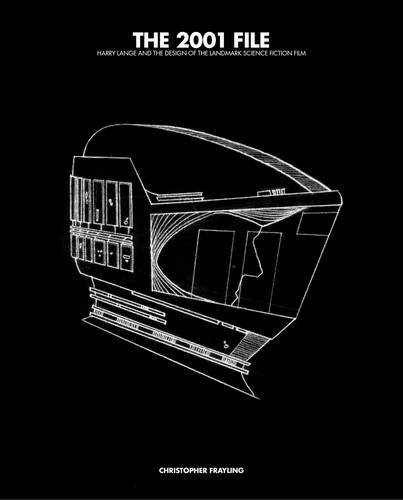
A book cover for The 2001 File: Harry Lange and the Design of the Landmark Science Fiction Film; Christopher Frayling; Humor & Entertainment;